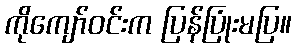
ကိုကျော်ဝင်းက ပြန်ပြုံးမပြ။